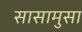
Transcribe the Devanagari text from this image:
सासामुसा